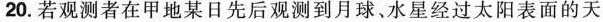
20. 若观测者在甲地某日先后观测到月球、水星经过太阳表面的天